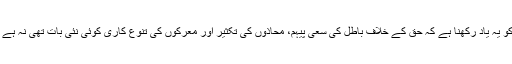
یہاں ہم مسلمانوں کو یہ یاد رکھنا ہے کہ حق کے خلاف باطل کی سعی پیہم، محاذوں کی تکثیر اور معرکوں کی تنوّع کاری کوئی نئی بات تھی نہ ہے اور نہ آئندہ ہوگی۔